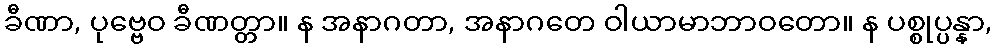
ခီဏာ, ပုဗ္ဗေဝ ခီဏတ္တာ။ န အနာဂတာ, အနာဂတေ ဝါယာမာဘာဝတော။ န ပစ္စုပ္ပန္နာ,